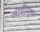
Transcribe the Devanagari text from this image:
आप्रीसूक्त